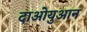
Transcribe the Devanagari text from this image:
दाओयुआन